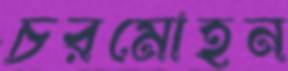
চরমোহন